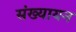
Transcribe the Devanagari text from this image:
संख्यायन